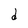
Character: d